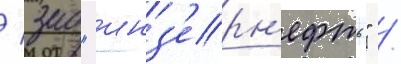
/ зао "инз'ерн'ефть" /